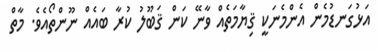
އަޅުގަނޑުމެން އެންމެނަކީ ޤިޔާމަތެއް ވާނޭ ކަން ޤަބޫލު ކުރާ ބައެއް ނޫންތޯއެވެ. މާތް